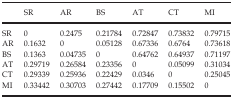
<table><thead><tr><td></td><td><b>SR</b></td><td><b>AR</b></td><td><b>BS</b></td><td><b>AT</b></td><td><b>CT</b></td><td><b>MI</b></td></tr></thead><tbody><tr><td>SR</td><td>0</td><td>0.2475</td><td>0.21784</td><td>0.72847</td><td>0.73832</td><td>0.79715</td></tr><tr><td>AR</td><td>0.1632</td><td>0</td><td>0.05128</td><td>0.67336</td><td>0.6764</td><td>0.73618</td></tr><tr><td>BS</td><td>0.1363</td><td>0.04735</td><td>0</td><td>0.64762</td><td>0.64937</td><td>0.71197</td></tr><tr><td>AT</td><td>0.29719</td><td>0.26584</td><td>0.23356</td><td>0</td><td>0.05099</td><td>0.31034</td></tr><tr><td>CT</td><td>0.29339</td><td>0.25936</td><td>0.22429</td><td>0.0346</td><td>0</td><td>0.25045</td></tr><tr><td>MI</td><td>0.33442</td><td>0.30703</td><td>0.27442</td><td>0.17709</td><td>0.15502</td><td>0</td></tr></tbody></table>